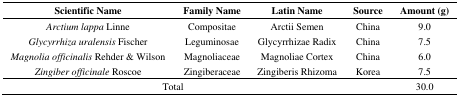
<table><thead><tr><td><b>Scientific Name</b></td><td><b>Family Name</b></td><td><b>Latin Name</b></td><td><b>Source</b></td><td><b>Amount (g)</b></td></tr></thead><tbody><tr><td><i>Arctium lappa</i> Linne</td><td>Compositae</td><td>Arctii Semen</td><td>China</td><td>9.0</td></tr><tr><td><i>Glycyrrhiza uralensis</i> Fischer</td><td>Leguminosae</td><td>Glycyrrhizae Radix</td><td>China</td><td>7.5</td></tr><tr><td><i>Magnolia officinalis</i> Rehder &amp; Wilson</td><td>Magnoliaceae</td><td>Magnoliae Cortex</td><td>China</td><td>6.0</td></tr><tr><td><i>Zingiber officinale</i> Roscoe</td><td>Zingiberaceae</td><td>Zingiberis Rhizoma</td><td>Korea</td><td>7.5</td></tr><tr><td colspan="3">Total</td><td></td><td>30.0</td></tr></tbody></table>